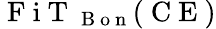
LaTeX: \mathrm{~F~i~T~}_{\mathrm{~B~o~n~}}(\mathrm{~C~E~})